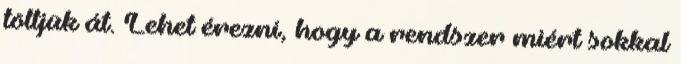
töltjük át. Lehet érezni, hogy a rendszer miért sokkal